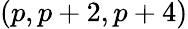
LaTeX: (p,p+2,p+4)